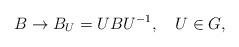
LaTeX: \begin{align*}B\rightarrow B_U=UBU^{-1},\quad U\in G,\end{align*}